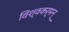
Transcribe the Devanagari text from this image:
विश्वकर्मन्‌